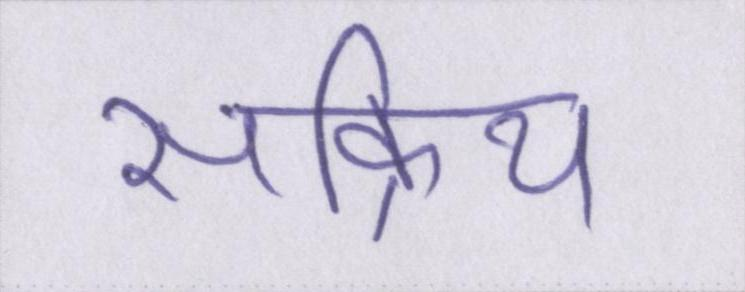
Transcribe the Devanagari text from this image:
सक्रिय